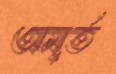
অমূর্ত